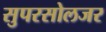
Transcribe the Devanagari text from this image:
सुपरसोलजर